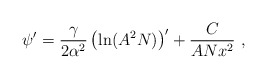
\begin{align*}\psi' = \frac{\gamma }{2 \alpha^2} \left( \ln ( A^2 N) \right)' + \frac{C}{A N x^2}\ , \end{align*}